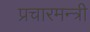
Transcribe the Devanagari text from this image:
प्रचारमन्त्री